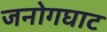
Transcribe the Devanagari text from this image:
जनोगघाट